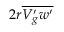
2 r \overline { { V _ { g } ^ { \prime } w ^ { \prime } } }